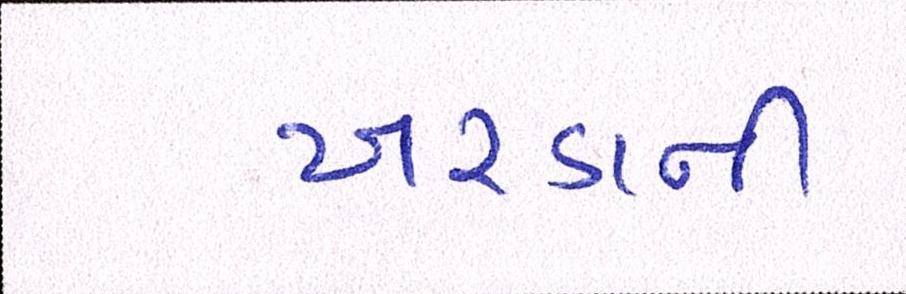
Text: ખરડાની